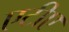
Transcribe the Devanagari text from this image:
एटीए